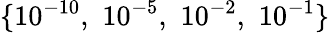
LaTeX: \{ 10^{-10},\, \, 10^{-5},\, \, 10^{-2},\, \, 10^{-1}\}